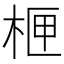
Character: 㭱